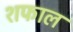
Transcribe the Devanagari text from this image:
शफाल